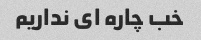
خب چاره ای نداریم